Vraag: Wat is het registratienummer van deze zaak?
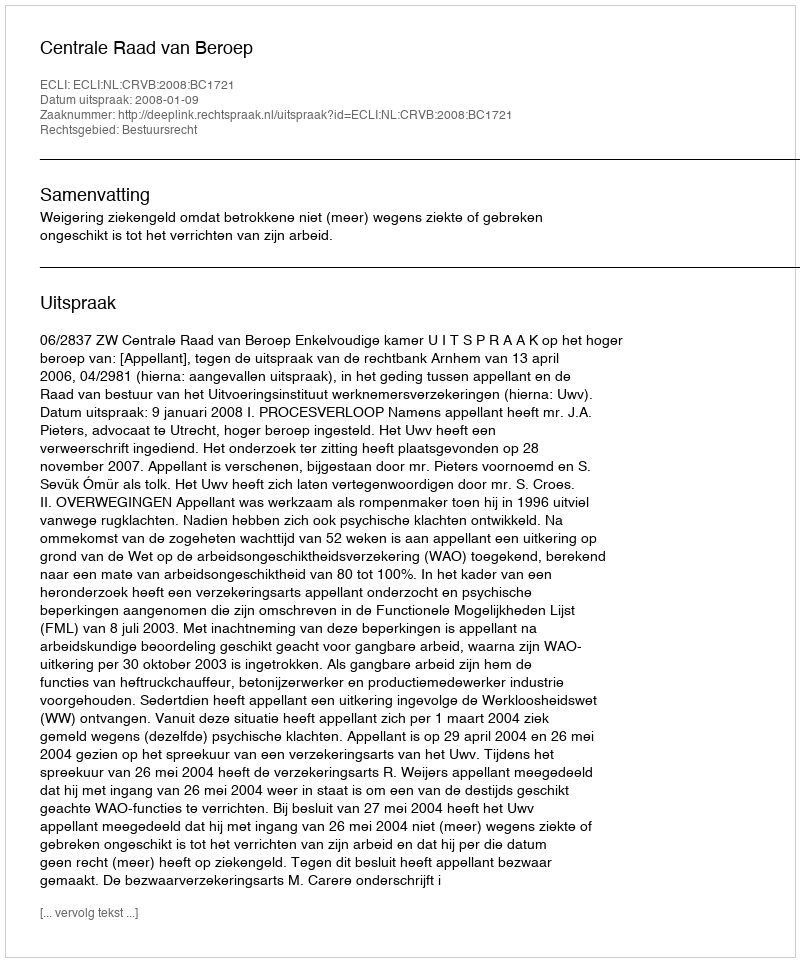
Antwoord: http://deeplink.rechtspraak.nl/uitspraak?id=ECLI:NL:CRVB:2008:BC1721